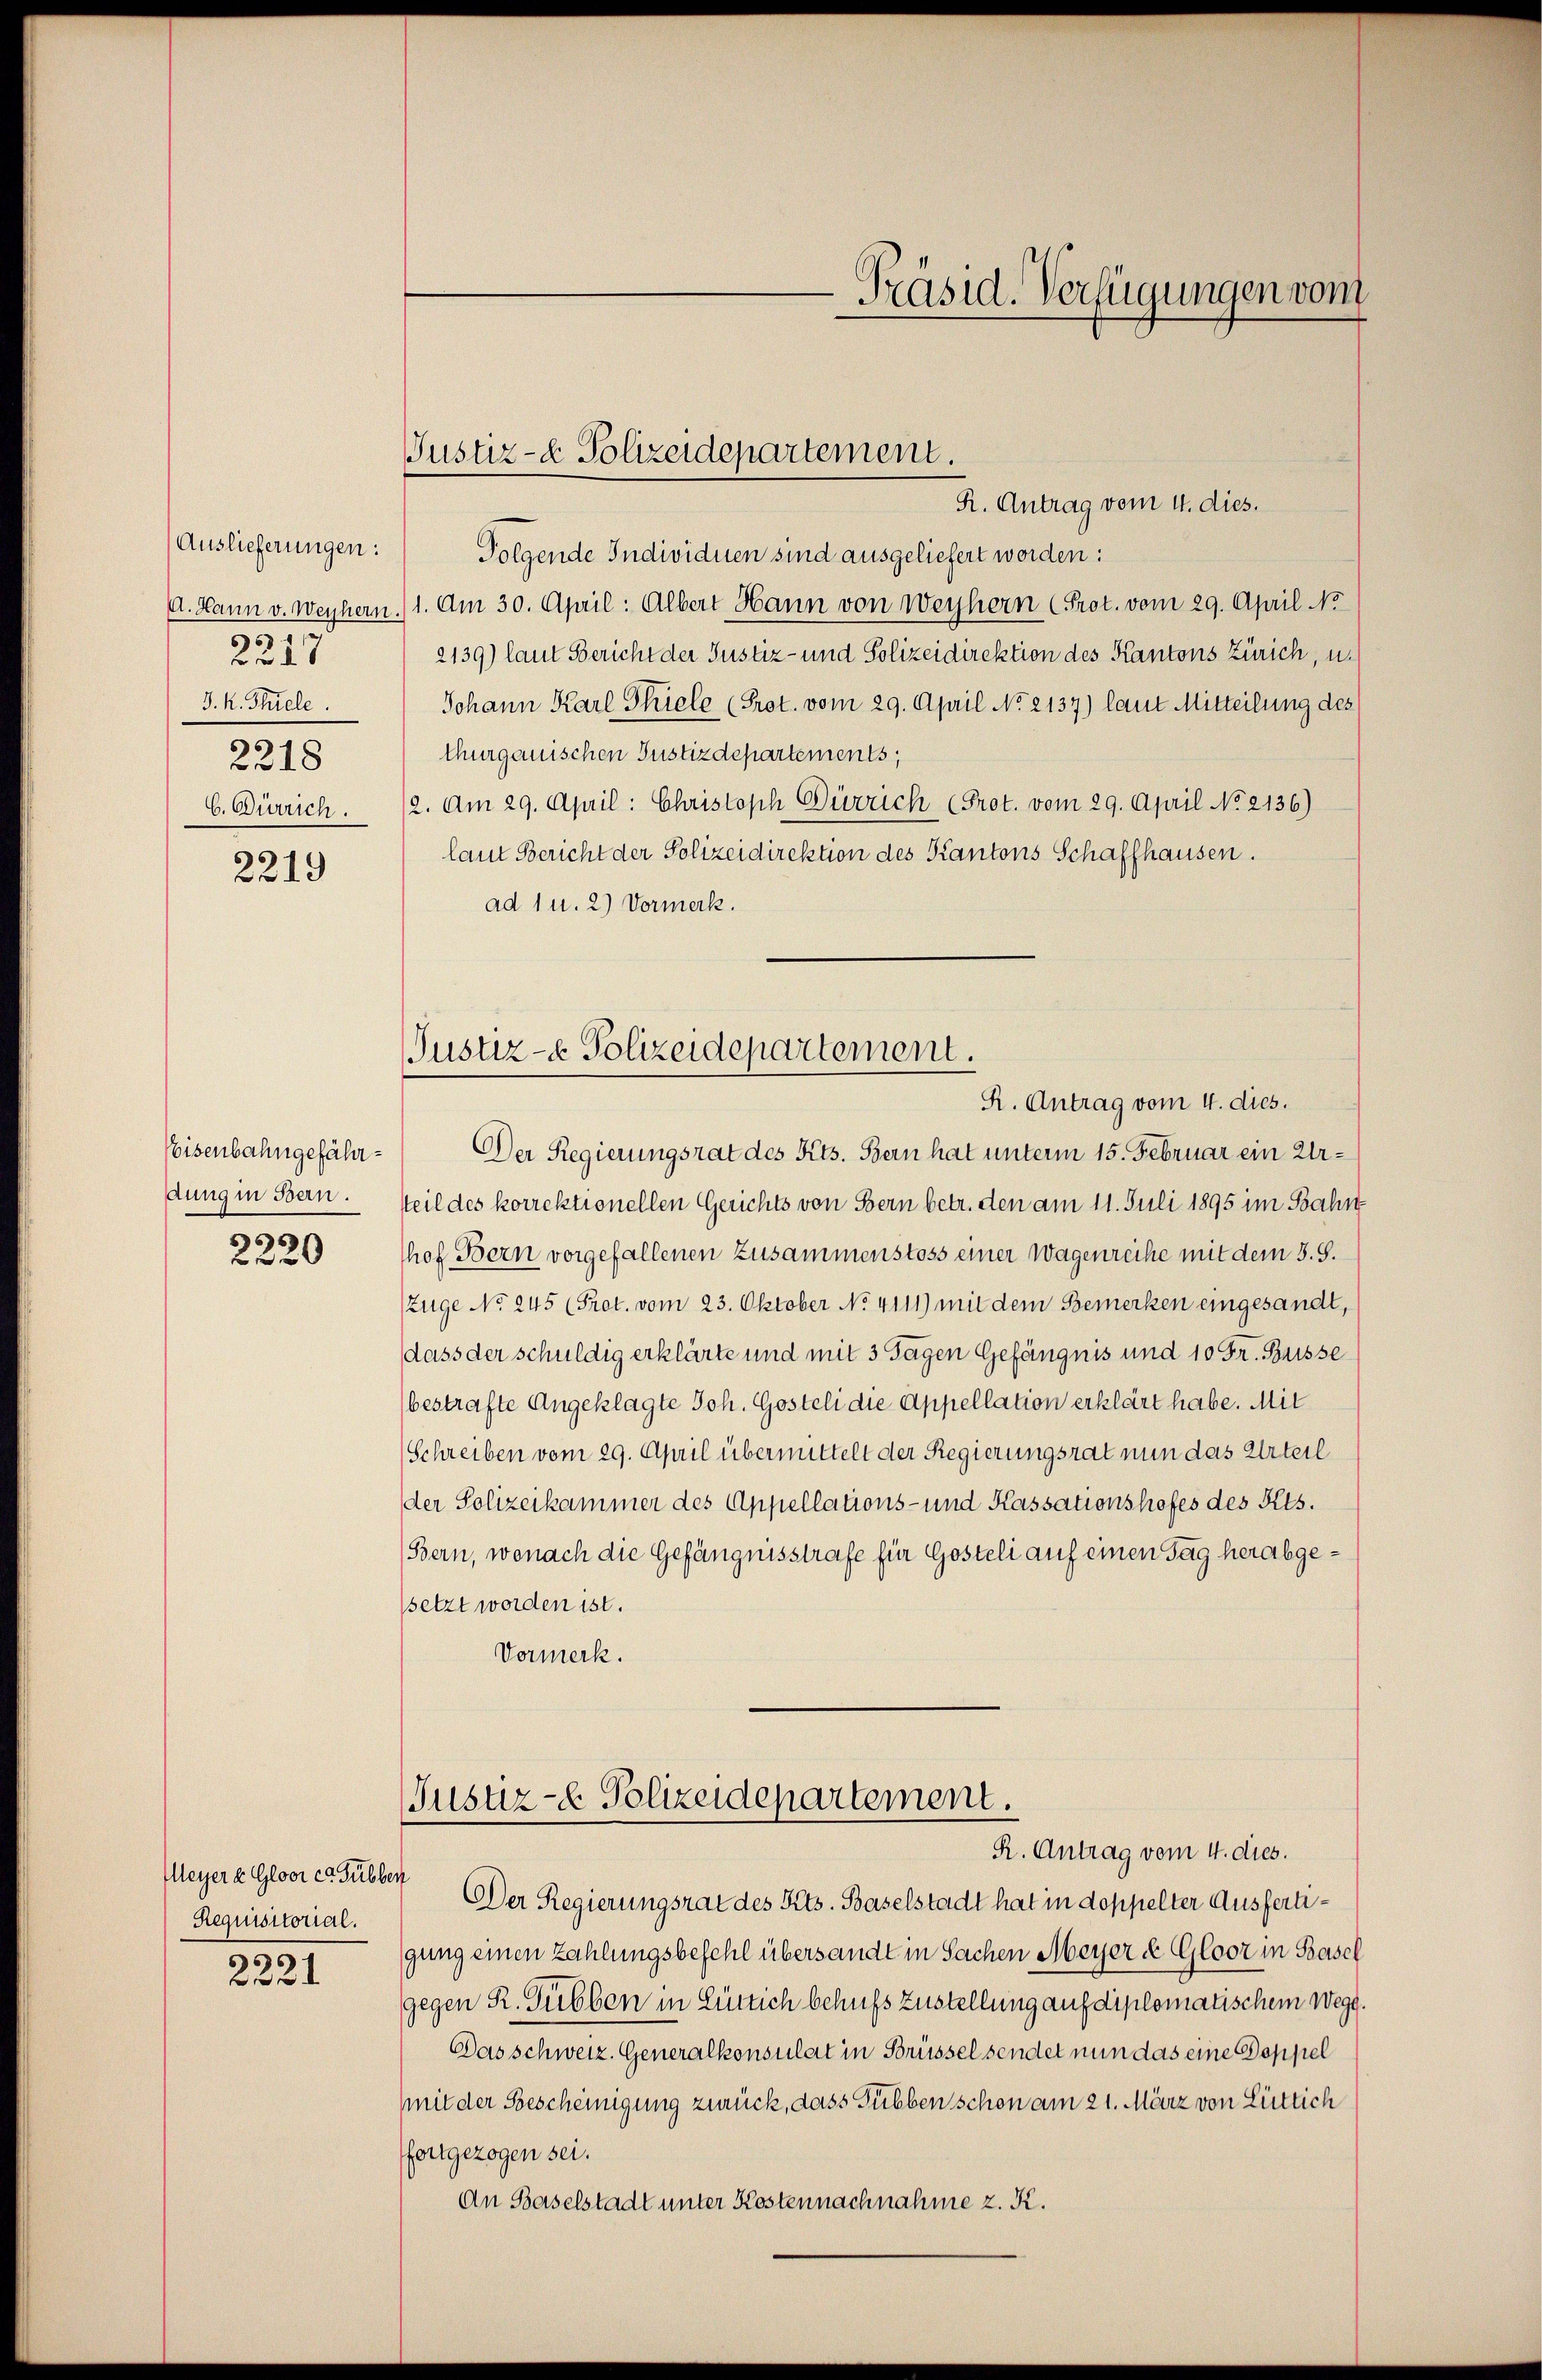
2219
J. K. Thiele.
2218
C. Dürrich.

2219

dung in Bern.
6
2220

Meyer a Gloor ca Fübben
Requisitorial.
2221

Auslieferungen: Folgende Individuen sind ausgeliefert worden:
A. Mann v. Weihern. 1. Am 30. April: Albert Hann von Weyhern (Prot. vom 29. April No
2139) laut Bericht der Justiz- und Polizeidirektion des Kantons Zürich, u.
Johann Karl Thiele (Prot. vom 29. April No. 2137) laut Mitteilung des
thurgauischen Justizdepartements,
2. Am 29. April: Christoph Dürrich (Prot. vom 29. April No 2136)
laut Bericht der Polizeidirektion des Kantons Schaffhausen.
ad 1 u. 2) Vormerk.

-Präsid. Verfügungen vom

Justiz- & Polizeidepartement.
R. Antrag vom 4. dies.

Justiz- & Polizeidepartement.
R. Antrag vom 4. dies.

(Justiz- & Polizeidepartement.
R. Antrag vom 4. dies.

Veisenbahngefähr - Der Regierungsrat des Kts. Bern hat unterm 15. Februar ein Ursteil des korrektionellen Gerichts von Bern betr. den am 11. Juli 1895 im Bahn
hof Bern vorgefallenen Zusammenstoss einer Wagenreihe mit dem 3. S.
Zuge No 245 (Prot. vom 23. Oktober No. 4111) mit dem Bemerken eingesandt,
dass der schuldig erklärte und mit 3 Tagen Gefängnis und 10 Fr. Buisse
bestrafte Angeklagte Joh. Gosteli die Appellation erklärt habe. Mit
Schreiben vom 29. April übermittelt der Regierungsrat nun das Urteil
der Polizeikammer des Appellations- und Kassationshofes des Kts.
Bern, wonach die Gefängnisstrafe für Gosteli auf einen Tag herabgesetzt worden ist.
Vormerk.

Der Regierungsrat des Kts. Baselstadt hat in doppelter Ausfertigung einen Zahlungsbefehl übersandt in Sachen Meyer de Gloor in Basel
gegen R. Gibben in Lütlich behufs Zustellung auf diplomatischem Wegg.
Das schweiz. Generalkonsulat in Brüssel sendet nun das eine Doppel
mit der Bescheinigung zurück, dass Tübben schon am 21. März von Lütlich
fortgezogen sei.
An Baselstadt unter Kostennachnahme z. K.